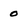
Character: 0